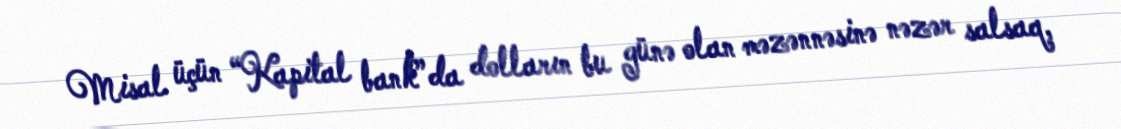
Misal üçün “Kapital bank”da dolların bu günə olan məzənnəsinə nəzər salsaq,